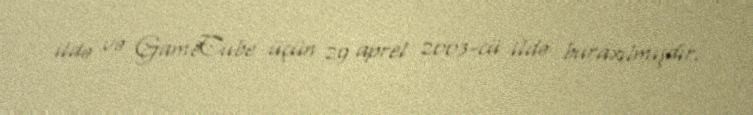
ildə və GameCube üçün 29 aprel 2003-cü ildə buraxılmışdır.